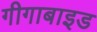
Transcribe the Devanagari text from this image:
गीगाबाइड